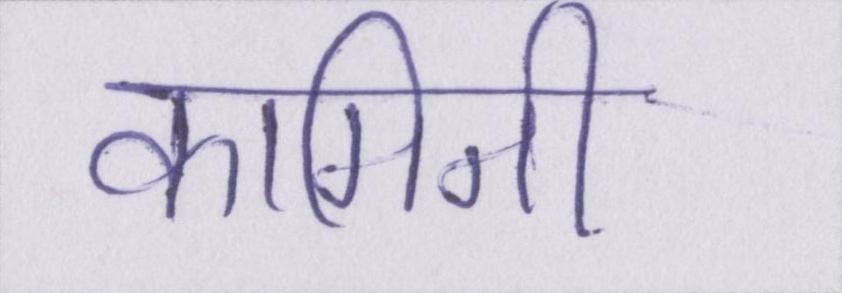
कामिनी